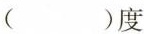
( )度